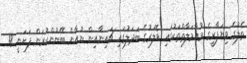
ތެލުގެ ވިޔަފާރީގެ މުއާމަލާތްތަކުގައި ޑޮލަރުގެ ބަދަލުގައި ޗައިނާއިން ޔުއާން ބޭނުންކުރަން ފަށަނީ 18